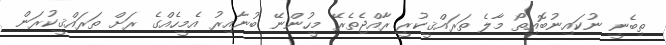
ތިބެނީ ނުކައިނުބޮއިތޯ މާލެ ތަރައްޤީކުރީ ރާއްޖެތެރޭ މީހުންނޭ ބުނާއިރު އެމީހެއްގެ ރަށް ތަރައްޤީކުރަން